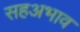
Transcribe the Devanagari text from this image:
सहअभाव